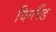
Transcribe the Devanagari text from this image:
विन्लैंड